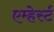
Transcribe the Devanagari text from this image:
एम्हेर्स्ट